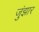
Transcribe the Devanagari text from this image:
जुंझार